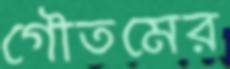
গৌতমের